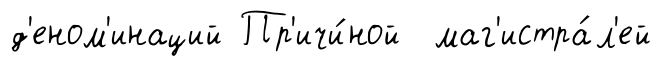
д'еном'инаций Пр'ичи́ной маг'истра́л'ей